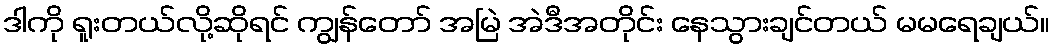
ဒါကို ရူးတယ်လို့ဆိုရင် ကျွန်တော် အမြဲ အဲဒီအတိုင်း နေသွားချင်တယ် မမရေချယ်။